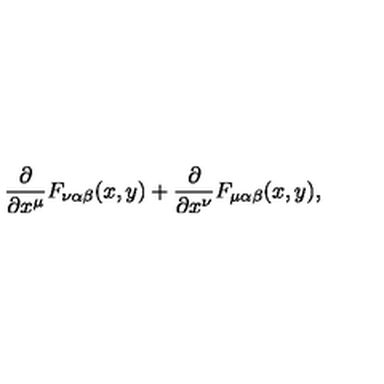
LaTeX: \frac { \partial } { \partial x ^ { \mu } } F _ { \nu \alpha \beta } ( x , y ) + \frac { \partial } { \partial x ^ { \nu } } F _ { \mu \alpha \beta } ( x , y ) ,